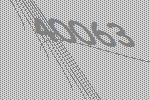
40063